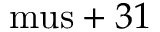
\mathrm { \ m u s } + 3 1